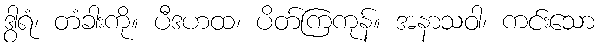
ဒွါရံ၊ တံခါးကို။ ပီဒဟထ၊ ပိတ်ကြကုန်။ အနာသဝါ၊ ကင်းသော